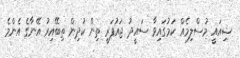
ޝިއައީ މުސްލިމެއް ކަމުގައިވާ ސައީދު ޖައުފަރީ ތިން ކުދިން ތިބޭއިރު އޭނާގެ އެންމެ